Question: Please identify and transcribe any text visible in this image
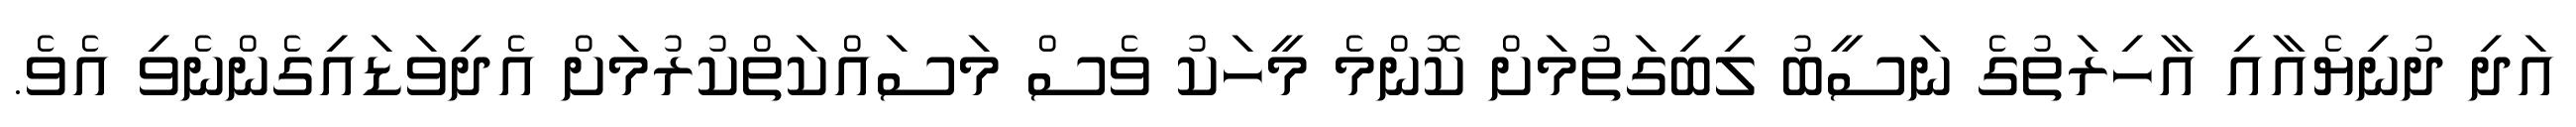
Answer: އަދި ދުނިޔެއާއި އާހިރަތުގެ ނަސީބު ލިބިގަތުމަށް ކޮންމެ މީހަކު ވެސް މަސައްކަތްކުރުމަށް އެދިވަޑައިގެންނެވި އެވެ.